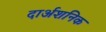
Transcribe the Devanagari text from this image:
दार्अशनिक